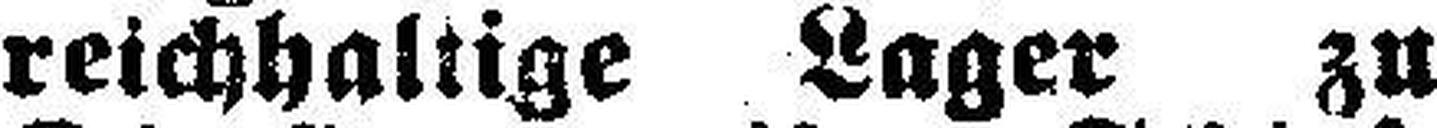
reichhaltige Lager zu